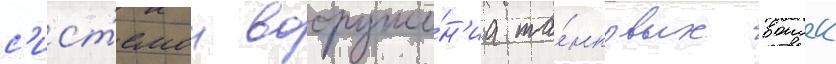
с'ист'емои вооруже́н'иа та́нковых воиск